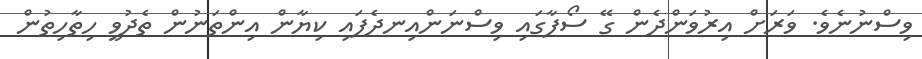
ވިސްނުނެވެ. ވަރަށް އިރުވަންދެން ގޭ ސޯފާގައި ވިސްނަންއިނދެފައި ކިޔާން އިންތަނުން ތެދުވީ ހިތާހިތުން